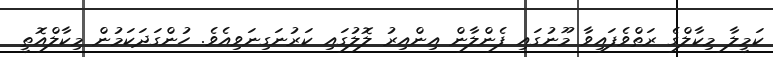
ކަމީލާ މިކާލްގެ ރަތްވެފައިވާ މޫނުގައި ފެންލާން އިންއިރު ލޮލުގައި ކަރުނަގިނަވިއެވެ. ހުންގަދަކަމުން މިކާލްއޮތީ